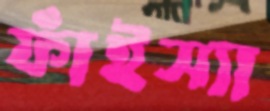
ফাঁইস্যা